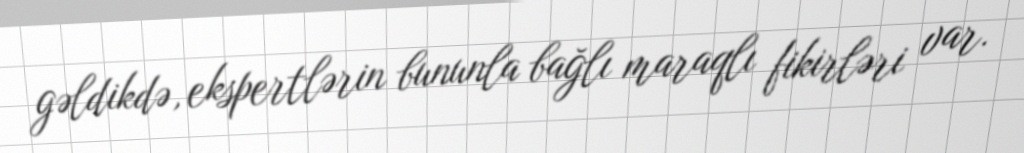
gəldikdə, ekspertlərin bununla bağlı maraqlı fikirləri var.